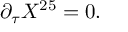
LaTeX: \partial _ { \tau } X ^ { 2 5 } = 0 .